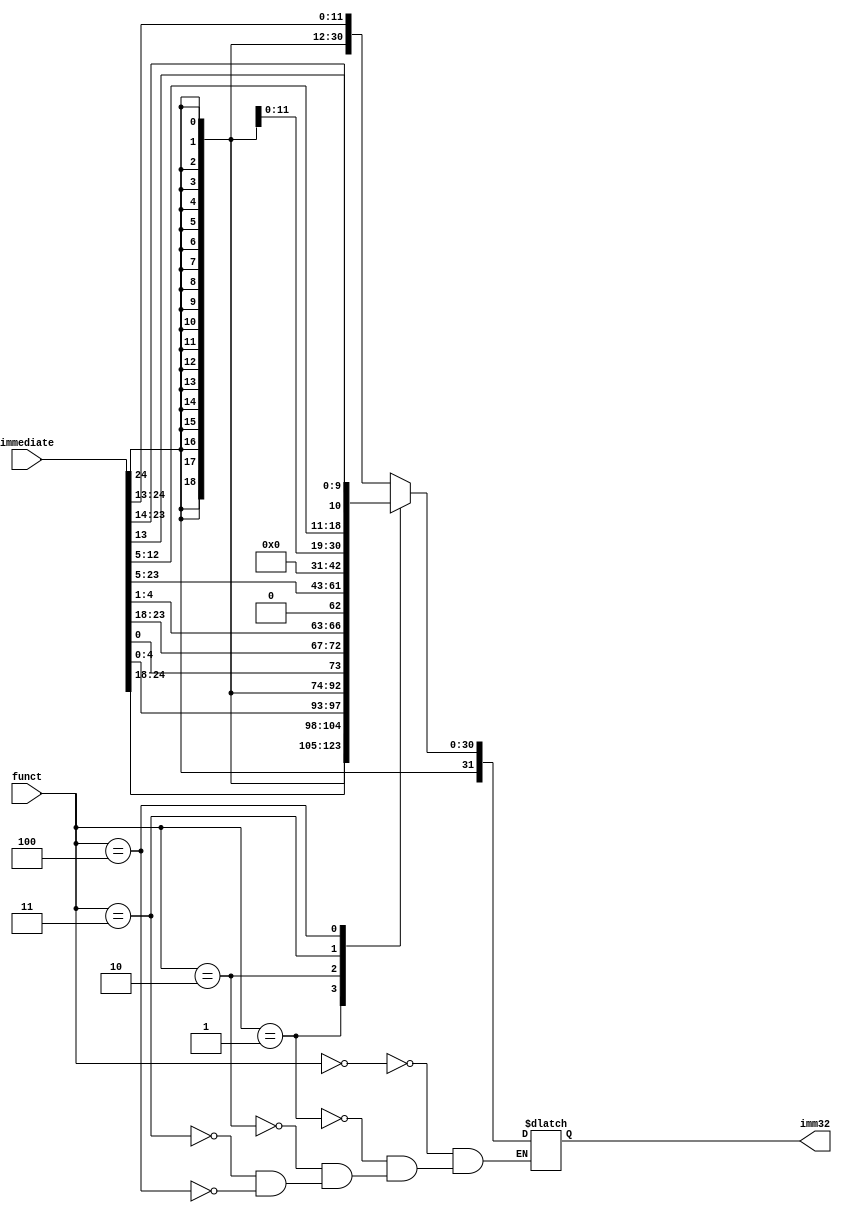
module IMM (
    input [24:0] immediate,
    input [2:0] funct,
    output reg [31:0] imm32
);
    always @(*) begin
        case (funct)
            // Tipo I
            3'b000: 
                imm32 = {{20{immediate[24]}}, immediate[24:13]};
            // Tipo S
            3'b001:
                imm32 = {{20{immediate[24]}},immediate[24:18],immediate[4:0]};
            // Tipo B
            3'b010:
                imm32 = {{19{immediate[24]}},immediate[24],immediate[0],immediate[23:18],immediate[4:1],1'b0};
            // Tipo U
            3'b011:
                imm32 = {{12{1'b0}}, immediate[24:5]} << 12;
            // Tipo J
            3'b100:
                imm32 = {{12{immediate[24]}}, immediate[24],immediate[12:5],immediate[13],immediate[23:14]};
        endcase
    end
endmodule